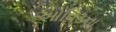
ઓવિડના